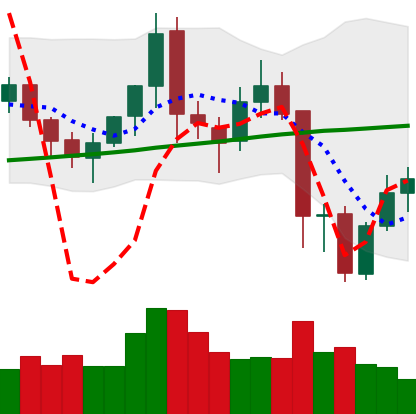
Ticker: XMR-USD
Chart end date: 2021-11-21
Forward return: -9.806%
Label: down_7plus